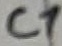
Text: C1